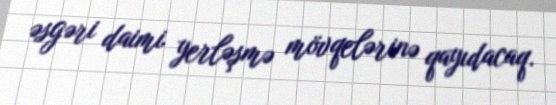
əsgəri daimi yerləşmə mövqelərinə qayıdacaq.